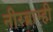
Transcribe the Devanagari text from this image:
नीरब्राम्‍ही